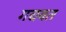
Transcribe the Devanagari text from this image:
गद्यवत